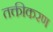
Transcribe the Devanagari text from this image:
तक्तीकरण